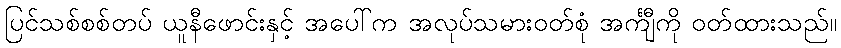
ပြင်သစ်စစ်တပ် ယူနီဖောင်းနှင့် အပေါ်က အလုပ်သမားဝတ်စုံ အင်္ကျီကို ဝတ်ထားသည်။